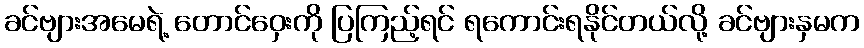
ခင်ဗျားအမေရဲ့ တောင်ဝှေးကို ပြကြည့်ရင် ရကောင်းရနိုင်တယ်လို့ ခင်ဗျားနှမက